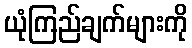
ယုံကြည်ချက်များကို